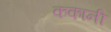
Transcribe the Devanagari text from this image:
ककानी